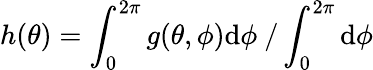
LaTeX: h(\theta)=\int_{0}^{2\pi}g(\theta,\phi)\mathrm{d}\phi\ /\int_{0}^{2\pi}\mathrm{d}\phi